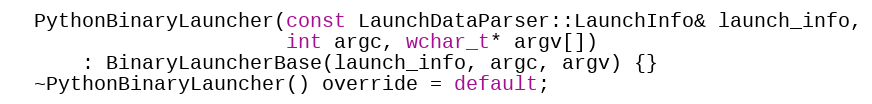
Language: C
  PythonBinaryLauncher(const LaunchDataParser::LaunchInfo& launch_info,
                       int argc, wchar_t* argv[])
      : BinaryLauncherBase(launch_info, argc, argv) {}
  ~PythonBinaryLauncher() override = default;